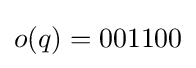
o(q)=001100